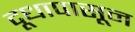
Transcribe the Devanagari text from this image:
दूधापासून